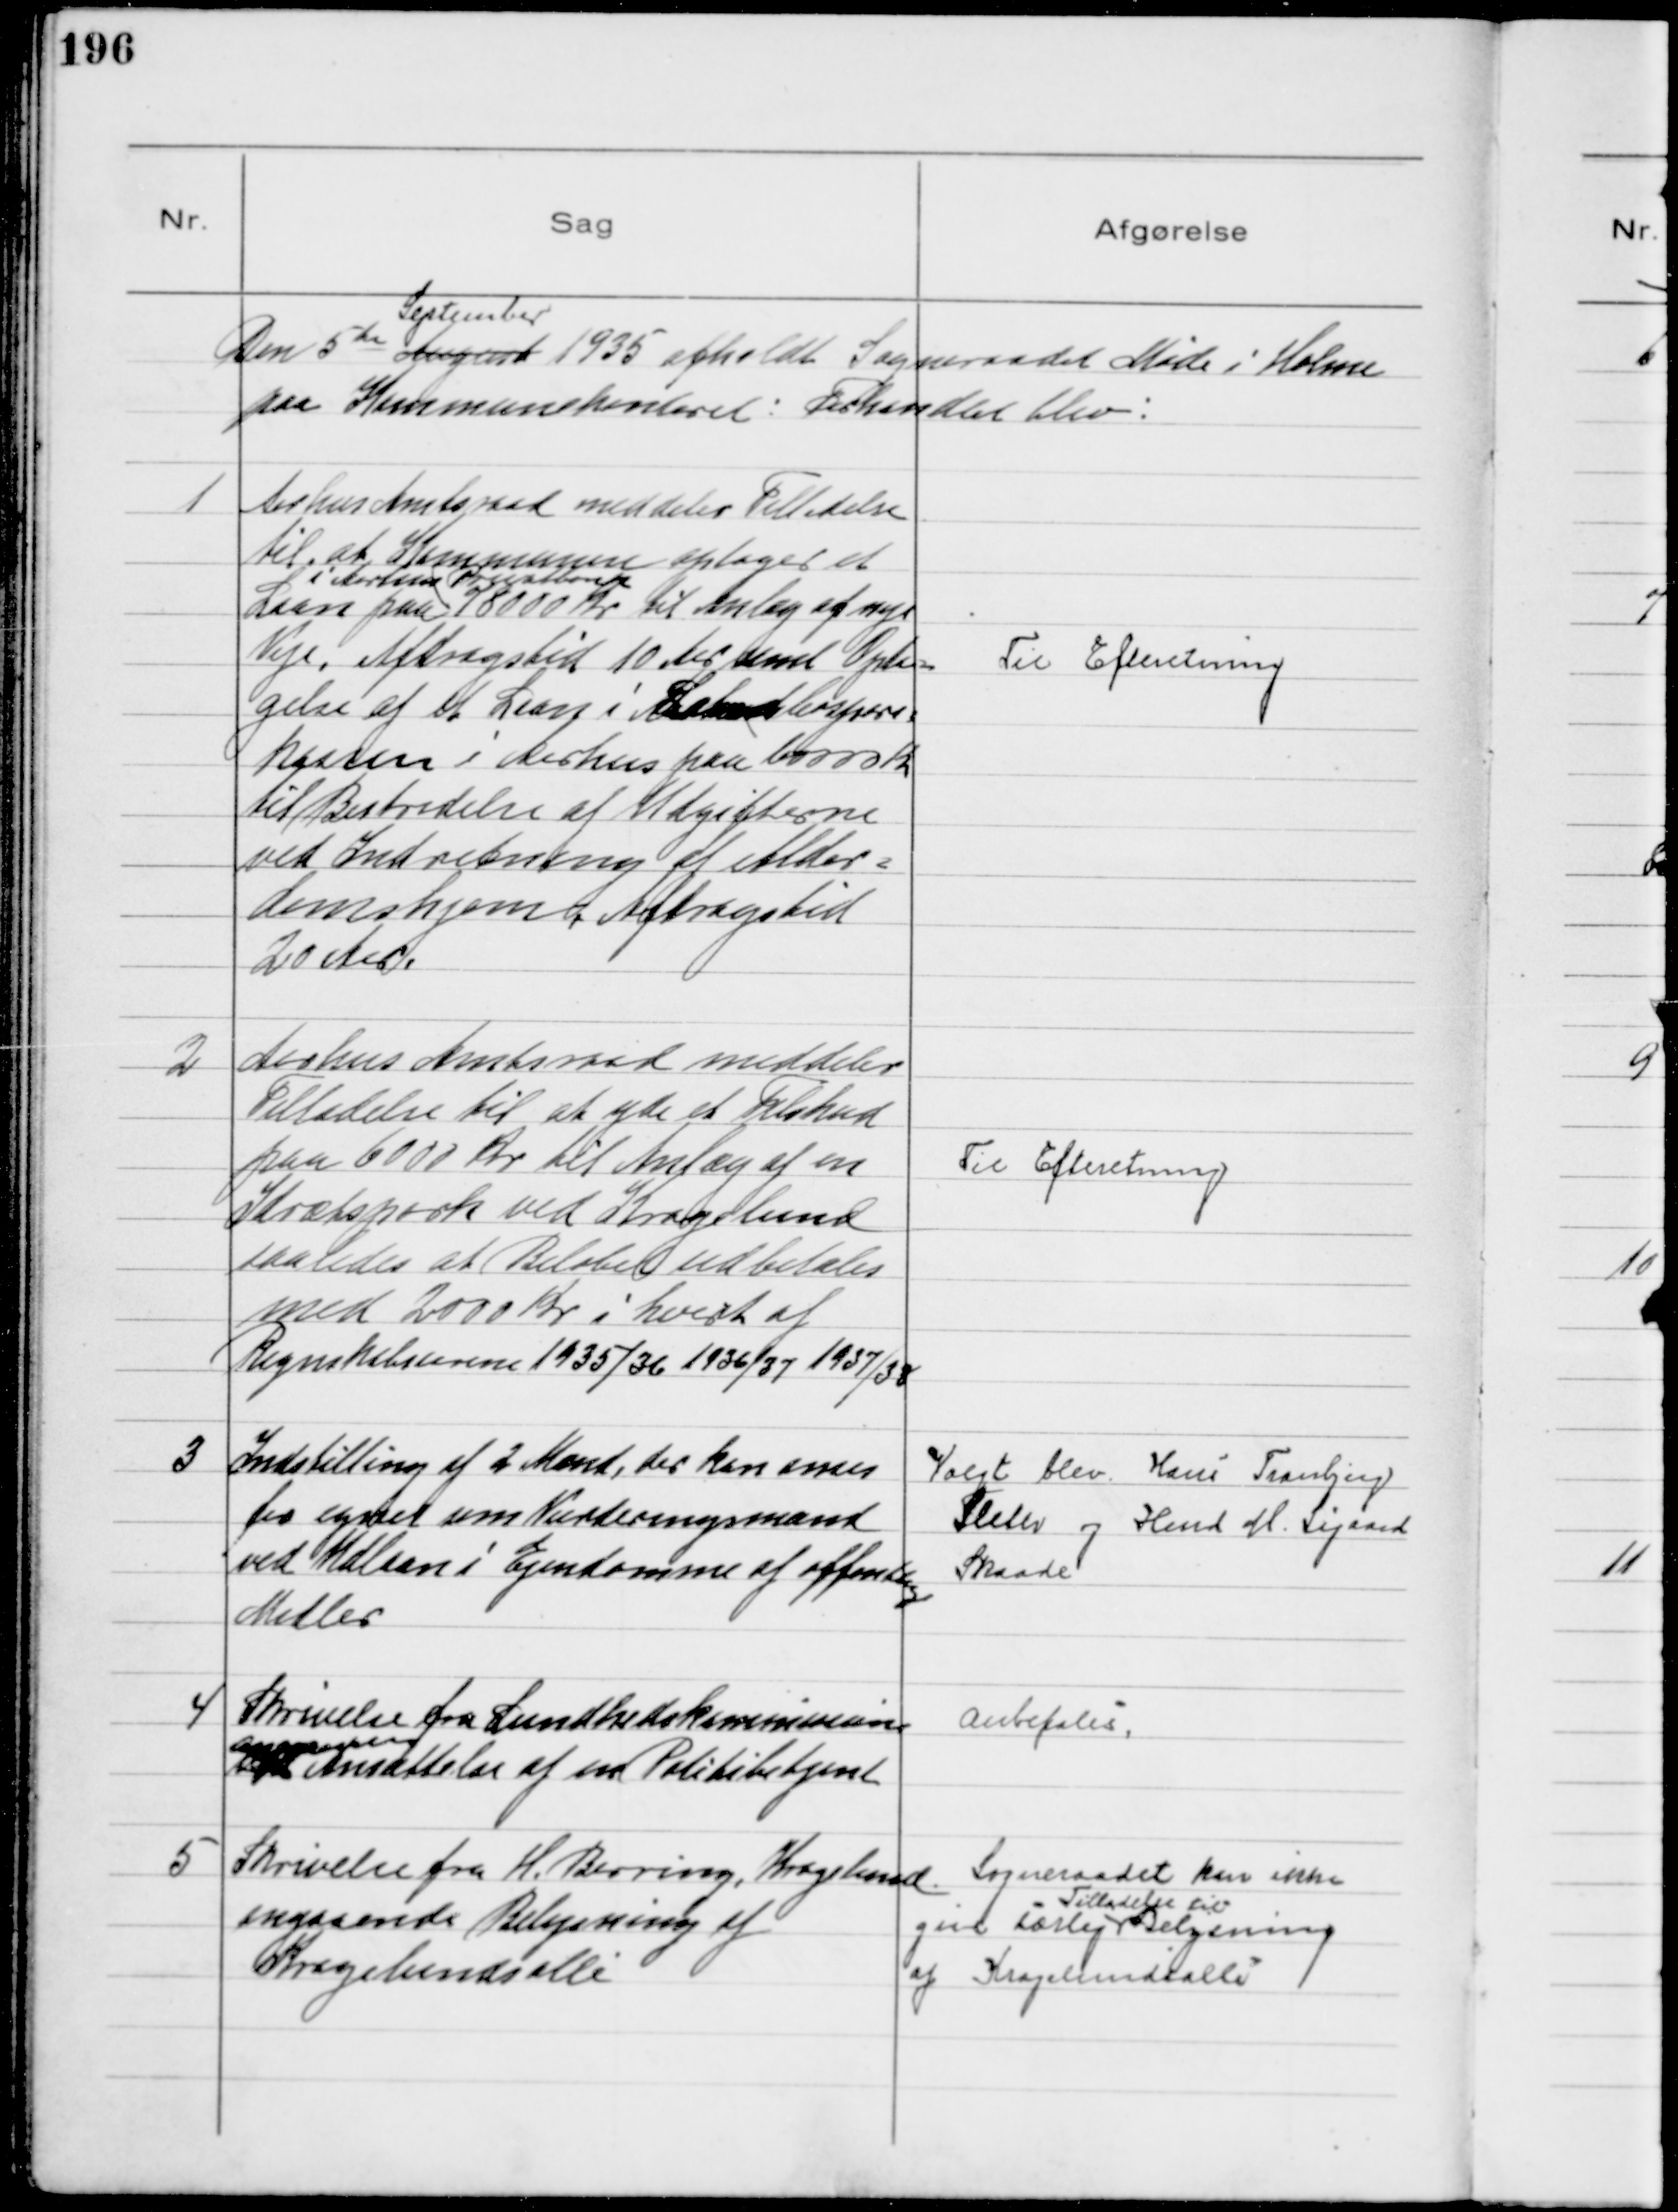
Transskription:
Den 5te August
September
1935 afholdt Sogneraadet Møde i Holme
paa Kommunekontoret: Forhandlet blev:

1
Aarhus Amtsraad meddeler Tilladelse
til at Kommunen optager et
Laan
i Aarhus Privatbank
paa 78000 Kr. til Anlæg af nye
Veje, Afdragstid 10 Aar samt Opta=
gelse af et Laan i Landbospare0
kassen i Aarhus paa 60000 Kr
til Bestridelse af Udgifterne
ved Indretning af Alder=
domshjem, Afdragstid
20 Aar.

Til Efteretning

2
Aarhus Amtsraad meddeler
Tilladelse til at yde et Tilskud
paa 600 Kr til Anlæg af en
Idrætspark ved Kragelund
saaledes at Beløbet udbetales
med 2000 Kr i hvert af
Regnskabsaarene 1935/36 1936/37 og 1937/38

Til Efteretning

3
Indstilling af 2 Mænd, der kan anses
for egnet som Vurderingsmænd
ved Udlaan i Ejendomme af offentlig
Midler

Valgt blev Hans Tranbjerg
Sleth og Hmd M. Sigaard
Skaade

4
Skrivelse fra Sundhedskommissionen
angaaende
 Ansættelse af en Politibetjent

Anbefales

5
Skrivelse fra H. Berring, Kragelund
angaaende Belysning af
Kragelundsallé
Sogneraadet kan ikke
give særlig
Tilladelse til
Belysning
af Kragelundsallé